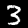
Digit: 3